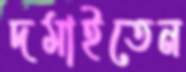
দমাইতেন